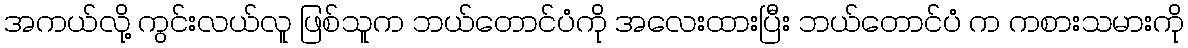
အကယ်လို့ ကွင်းလယ်လူ ဖြစ်သူက ဘယ်တောင်ပံကို အလေးထားပြီး ဘယ်တောင်ပံ က ကစားသမားကို